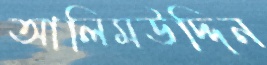
আলিমউদ্দিন